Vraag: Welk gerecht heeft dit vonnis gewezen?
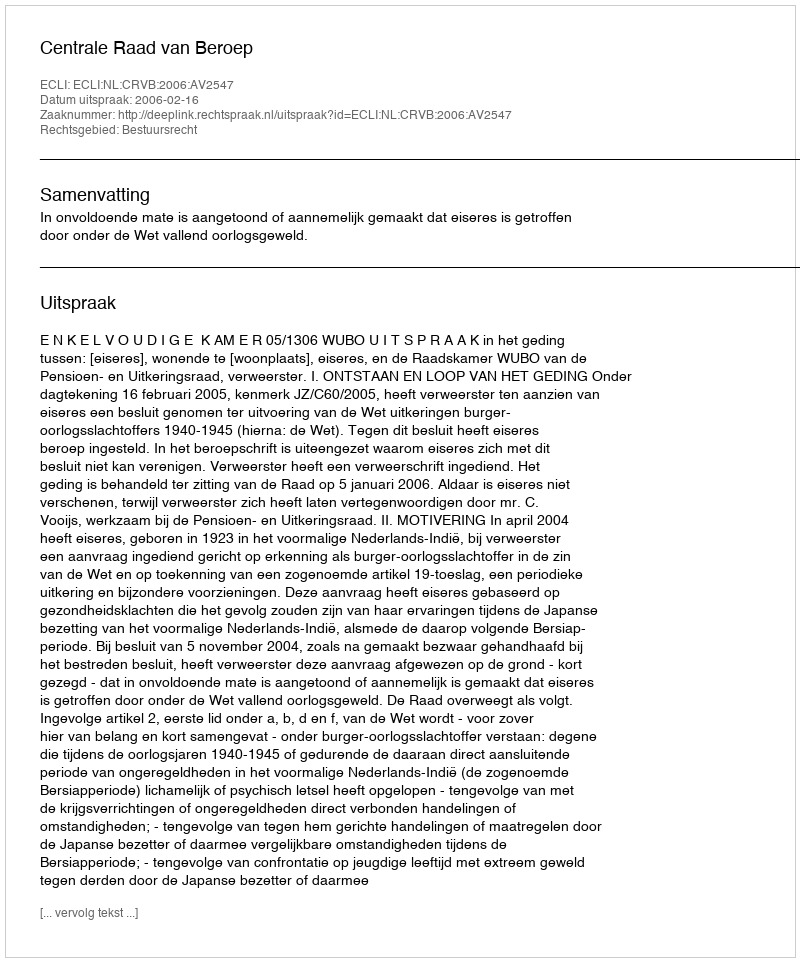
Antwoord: Centrale Raad van Beroep